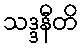
သဒ္ဒနီတိ